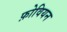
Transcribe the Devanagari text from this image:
फ़ोवियन